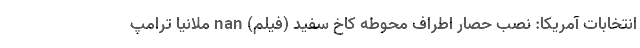
انتخابات آمریکا: نصب حصار اطراف محوطه کاخ سفید (فیلم) nan ملانیا ترامپ